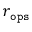
r _ { \tt o p s }